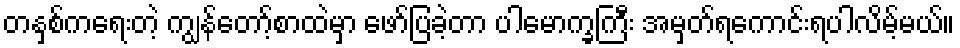
တနှစ်ကရေးတဲ့ ကျွန်တော့်စာထဲမှာ ဖော်ပြခဲ့တာ ပါမောက္ခကြီး အမှတ်ရကောင်းရပါလိမ့်မယ်။